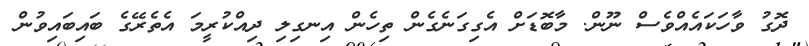
ދޮގު ވާހަކައެއްވެސް ނޫން. މާބޮޑަށް އެގިގަނެގެން ތިހެން އިނގިލި ދިއްކުރީމަ އެތެރޭގެ ބައިބައިވުން